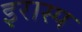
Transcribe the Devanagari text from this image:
इरास्प